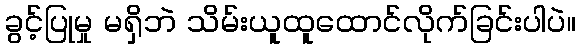
ခွင့်ပြုမှု မရှိဘဲ သိမ်းယူထူထောင်လိုက်ခြင်းပါပဲ။